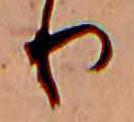
り